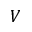
V